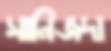
সানিজদা